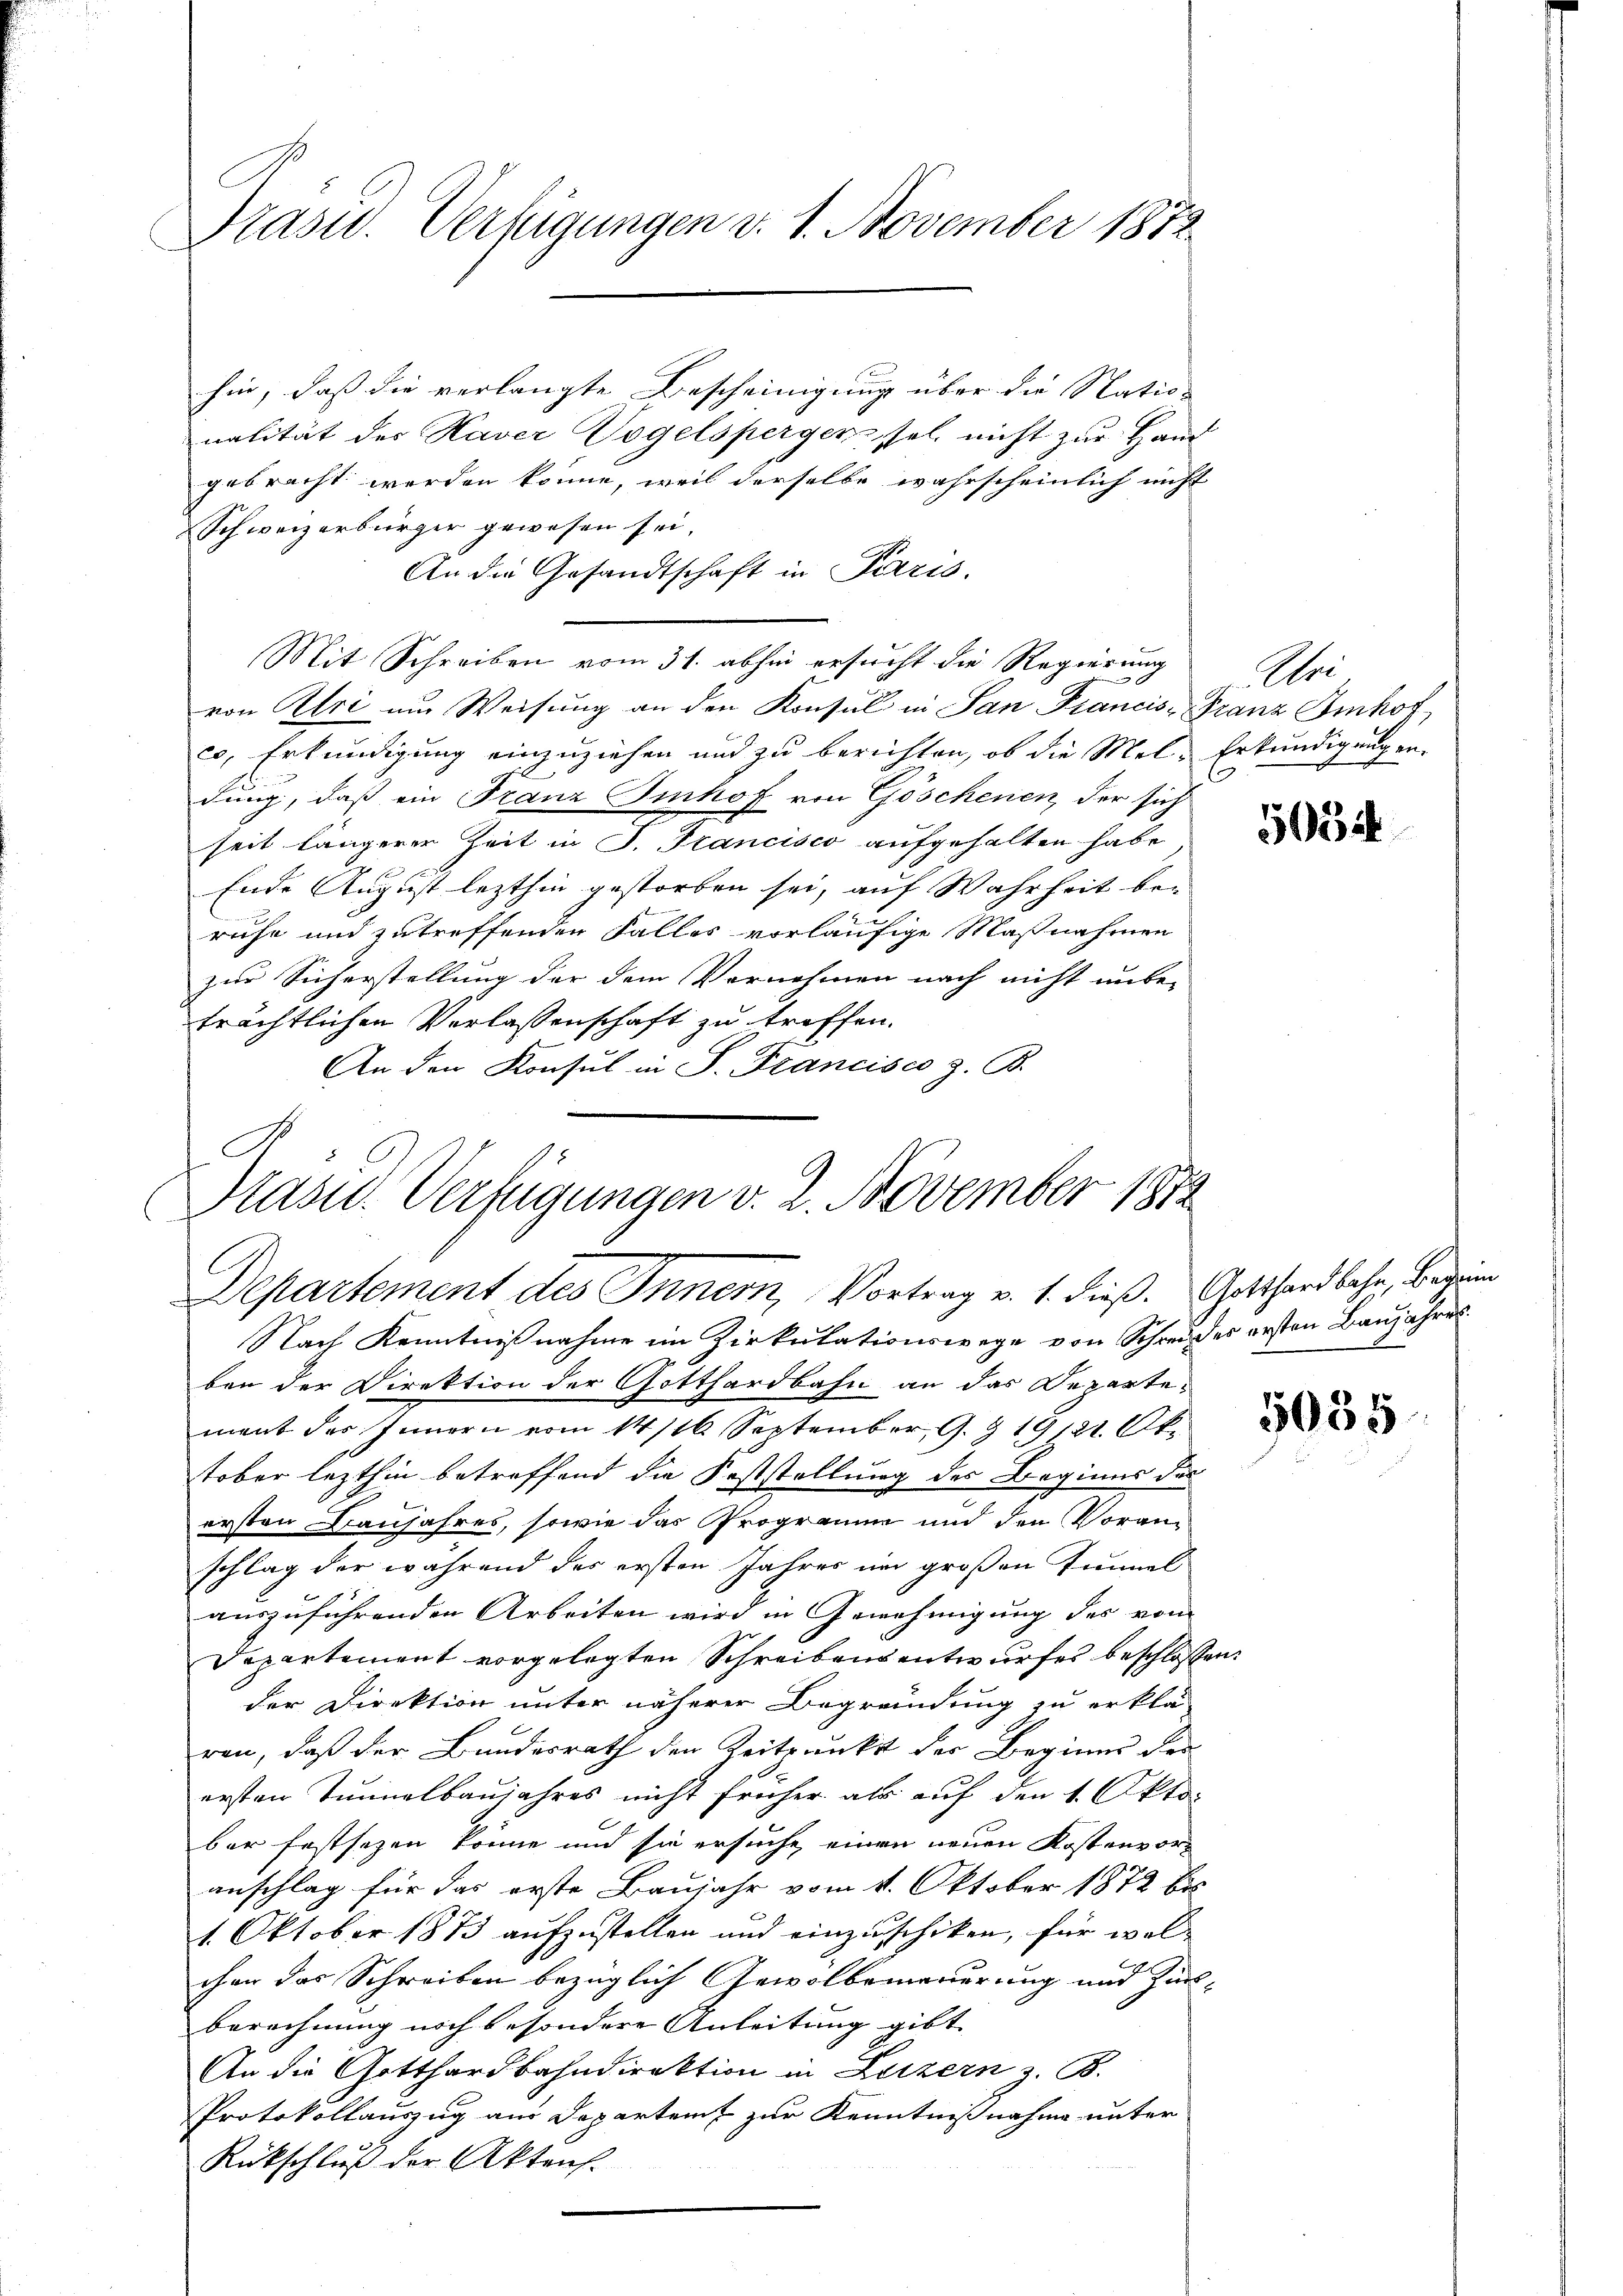
Präsid. Verfügungen v. 1. November 1872.

hin, daß die verlangte Bescheinigung über die Nation
nalität der Kaver Vogelspergen sel nicht zur Hand
gebracht werden könne, weil derselbe wahrscheinlich nicht
Schweizerbürger gewesen sei.
An die Gesandtschaft in Paris.
Mit Schreiben vom 31. abhin ersucht die Regierung Efri-
von Uri und Weisung an den Konsul in San Francis-Franz Imhof
co, Erkundigung einzuziehen und zu berichten, ob die Mel- Erkundigungen.
dung, daß ein Franz Sinhof von Göschenen, der sich
seit längerer Zeit in P. Francisco aufgehalten habe
Ende August lezthin gestorben sei, auf Wahrheit be-
ruhe und zutreffenden Falles vorläufige Maßnahmen
zur Sicherstellung der dem Vornehmen nach nicht unbe-
trächtlichen Verlassenschaft zu treffen.
An den Konsul in S. Francisco z. B.

Nach Kenntnißnahme im Zirkŭlationswege von Schreider ersten Baŭjahres
ben der Direktion der Gotthardbahn an das Departemant des Innern vom 14/16. September G. § 19/21. Okt
tober lezthin betreffend die Feststellung des Beginns des
ersten Baujahres, sowie das Programm und den Voranschlag der während der ersten Jahres und großen Tunnel
auszuführenden Arbeiten wird in Genehmigung des vom
Departement vorgelegten Schreibensentwurfes beschlossen:
der Direktion unter näherer Begründung zu erklä-
ren, daß der Bundesrath den Zeitpunkt der Beginns des
ersten Tunnelbaujahres nicht früher als auf den 1. Oktober festsezen könne und sie ersuche, einen neuen Kostenvor-
anschlag für das erste Baujahr vom 11. Oktober 1872 bis
1. Oktober 1873 aufzustellen und einzuschiken, für welchen das Schreiben bezüglich Gewolbemauerung und Zinberechnung noch besondere Anleitung gibt
An die Gotthardbahndirektion in Luzern z. B.
Protokollauszug am Departent zur Kenntnißnahme unter
Rückschluß der Aktens.

Präsid. Verfügungen v. 2. November 1872
Departement des Innern, Vortrag v. 1. dieß. Gotthardbahn, bezie

5034

5035